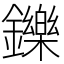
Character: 鑠